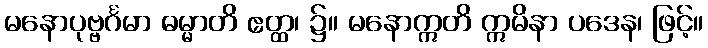
မနောပုဗ္ဗင်္ဂမာ ဓမ္မာတိ ဧတ္ထ၊ ၌။ မနောဣတိ ဣမိနာ ပဒေန၊ ဖြင့်။